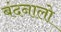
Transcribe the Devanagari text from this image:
बंदनालो